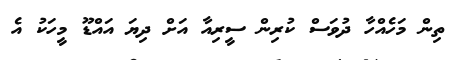
ތިން މަހެއްހާ ދުވަސް ކުރިން ސީރިއާ އަށް ދިޔަ އައްޑޫ މީހަކު އެ